Kassari_(Keina)_vallavalitsus, lk 30
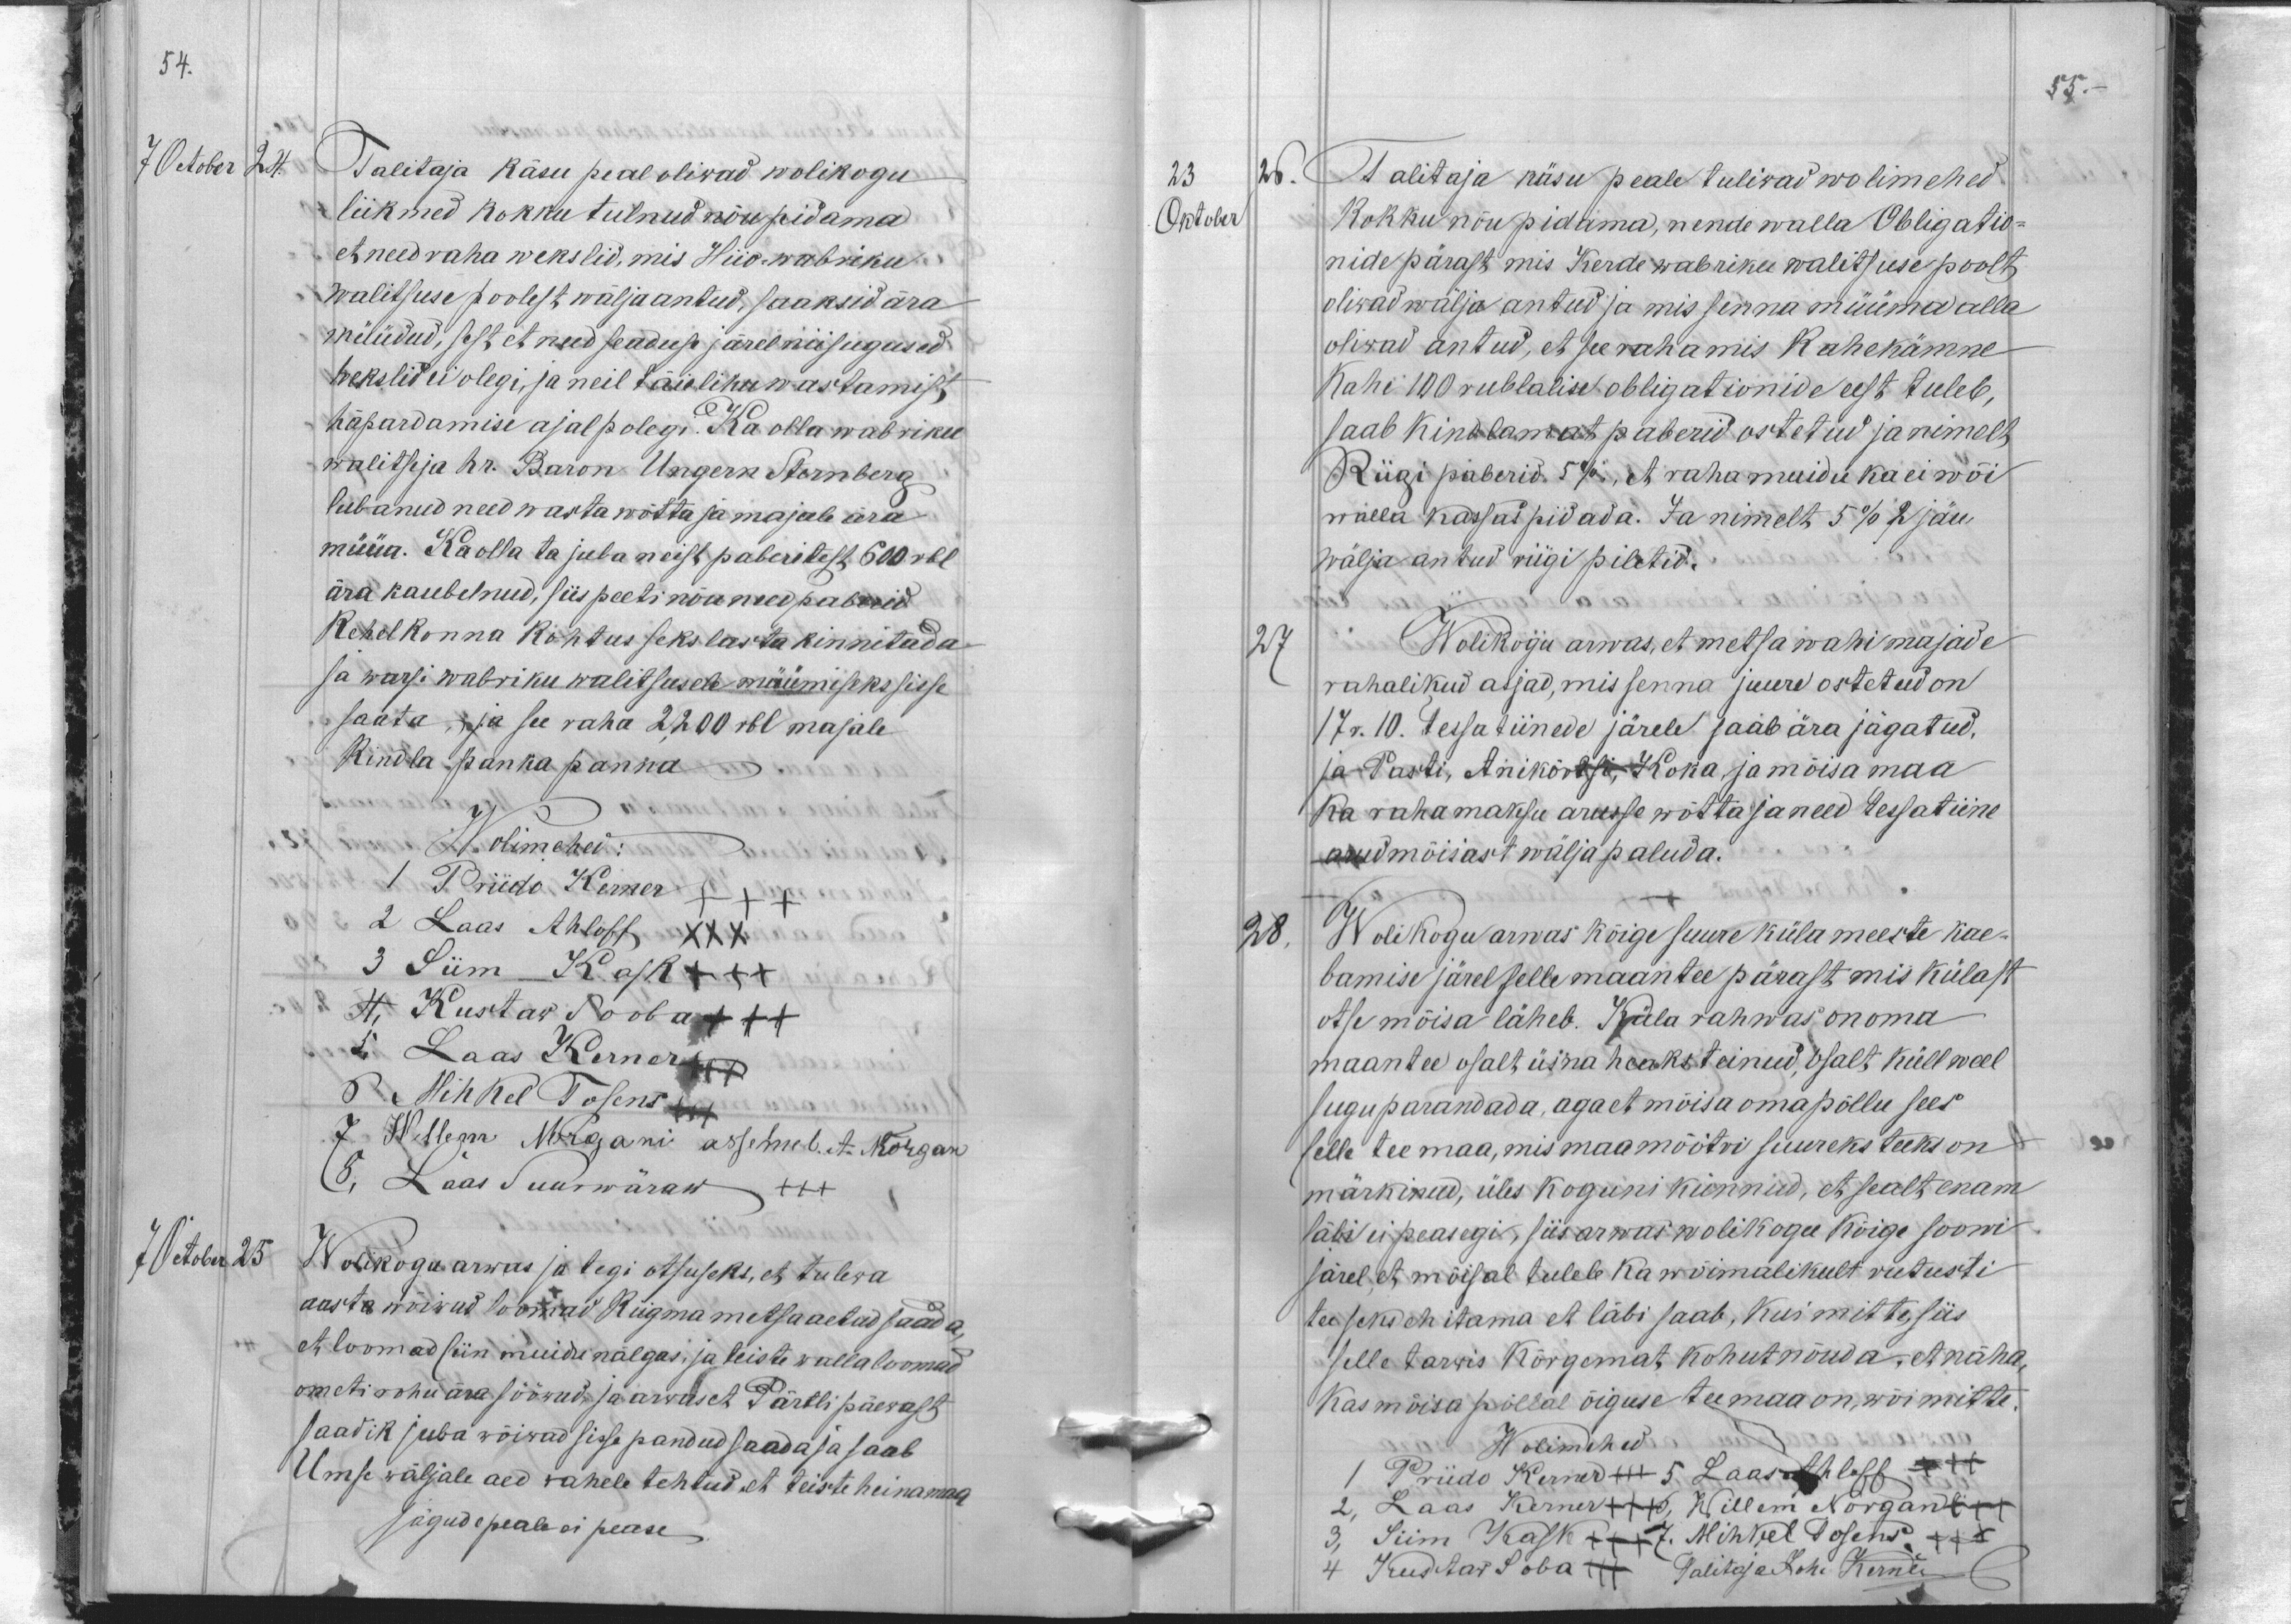
54.

7 October 24
Talitaja käsu peal oliwad wolikogu
liikmed kokku tulnud nõupidama
et need raha wekslid, mis Hiio-wabriku
walitsuse poolest wälja antud, saaksid ära
müüdud, sest et need seaduse järel niisugused
hekslid ei olegi, ja neil täieliku wastamist,
häpardamise ajal polegi. Ka olla wabriku
walitseja hr. Baron Ungern Sternberg
lubanud need wasta wõtta ja majale ära
müüa. Ka olla ta juba neist paberitest 600 rbl.
ära kaubelnud, siis peeti nõu need paberid
Kehelkonna kohtus seks lasta kinnitada
Ja warsi wabriku walitsusele müümiseks sisse
saata, ja see raha 2,200 rbl majale
Kindla panka panna
Wolimehed:
1 Priido Kerner
2 Laas Ahloff XXX
3 Siim Kask +++
4. Kustaw Sooba +++
5 Laas Kerner +++
6. Mihkel Tosens +++
7. Willem Norgani assemel A. Norgan
8, Laas Suurwäraw +++
7 October 25
Wolikogu arwas ja tegi otsuseks, et tulewa
aasta wõiwad loomad Riigma metsa aetud saada,
et loomad siin muidu nälgas, ja teiste walla loomad
ometi rohu ära sööwad, ja arwas et Pärtli päewast
saadik juba wõiwad sisse pandud saada ja saab
Umse wäljale aed wahele tehtud et teiste heinamaa
jägude peale ei pease

55.

23 26.
Talitaja käsu peale tuliwad wolimehed
Oktober
Kokku nõu pidama, nende walla Obligation-
nide pärast mis Kerde wabriku walitsuse poolt
oliwad wälja antud ja mis senna müüma alla
oliwad antud, et see raha mis kahekümne
Kahe 100 rublalise obligationide eest tuleb,
saab kindlamat paberid ostetud ja nimelt,
Riigi paberid 5%, et raha muidu ka ei wõi
walla kassas pidada. Ja nimelt 5% 2 jäu
wälja antud riigi piletid.
27
Wolikogu arwas, et metsa wahimajade
rahalikud asjad, mis senna juure ostetud on
17 r. 10. Tessatiinede järele saab ära jägatud.
ja Pasti, Anikõrtsi, Koka ja mõisa maa
Ka raha maksu arusse wõtta ja need tessatiine
arud mõisast wälja paluda.
28.
Wolikogu arwas kõige suure küla meeste kae-
bamise järel selle maantee pärast, mis külast
otse mõisa läheb. Küla rahwas on oma
maantee osalt üsna heaks teinud, osalt küll weel
sugu parandada, aga et mõisa omapõllu sees
selle tee maa, mis maamõõtri suureks teeks on
märkinud, üles koguni künnud, et sealt enam
läbi ei peasegi, siis arwas wolikogu kõige soowi
järel, et mõisal tulele ka wõimalikult rutusti
tee seks ehitama et läbi saab, kui mitte, siis
selle tarwis Kõrgemat kohut nõuda, et näha
Kas mõisa põllal õiguse tee maa on, wõi mitte.
Wolimehed
1. Priido Kerner +++ 5 Laas Ahloff xxx
2 Laas Kerner xxx 6, Willem Norgan xxx
3, Siim Kask xxx 7 Mihkel Tosens  xxx
4 Kustaw Soba xxx Talitaja Joh Kerner